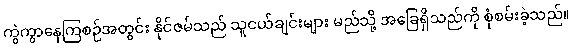
ကွဲကွာနေကြစဉ်အတွင်း နိုင်ဇမ်သည် သူငယ်ချင်းများ မည်သို့ အခြေရှိသည်ကို စုံစမ်းခဲ့သည်။